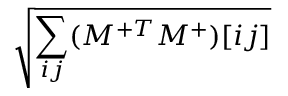
\sqrt { \sum _ { i j } ( M ^ { + T } M ^ { + } ) [ i j ] }